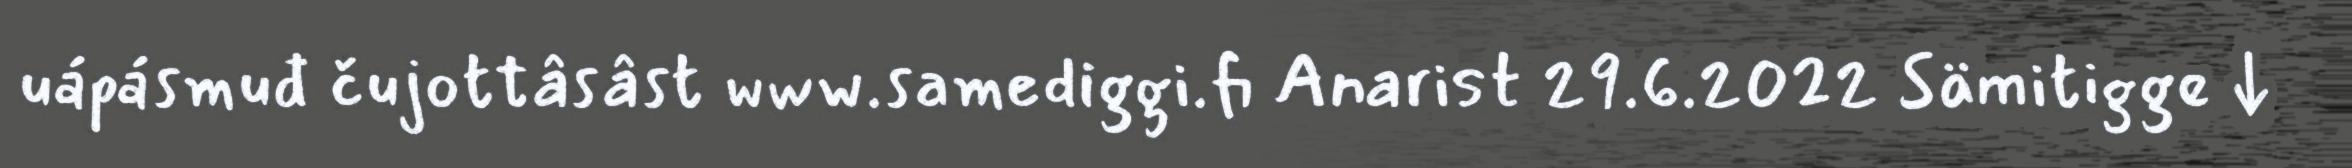
uápásmuđ čujottâsâst www.samediggi.fi Anarist 29.6.2022 Sämitigge ↓